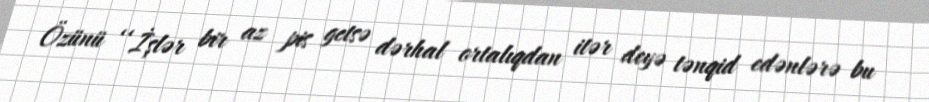
Özünü ‘‘İşlər bir az pis getsə dərhal ortalıqdan itər deyə tənqid edənlərə bu